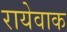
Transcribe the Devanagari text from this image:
रायेवाक